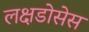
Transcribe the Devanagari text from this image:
लक्षडोसेस